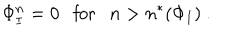
\Phi _ { I } ^ { n } = 0 \ \ \ \mathrm { f o r } \ \ \ n > n ^ { * } ( \Phi _ { I } ) \ .